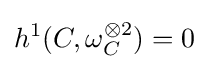
h^{1}(C,\omega _{C}^{\otimes 2})=0